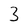
Character: 3